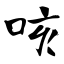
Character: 咳